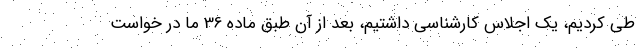
طی کردیم، یک اجلاس کارشناسی داشتیم، بعد از آن طبق ماده 36 ما در خواست